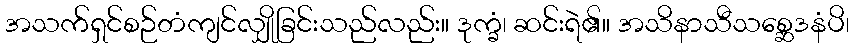
အသက်ရှင်စဉ်တံကျင်လျှိုခြင်းသည်လည်း။ ဒုက္ခံ၊ ဆင်းရဲ၏။ အသိနာသီသစ္ဆေဒနံပိ၊